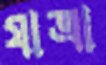
যাত্রা